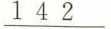
\underline{1 4 2 }